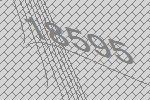
18595